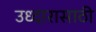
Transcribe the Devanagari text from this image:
उध्दारासाठी